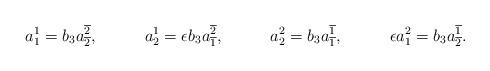
LaTeX: \begin{align*} &a^1_1=b_3a^{\overline{2}}_{\overline{2}}, &a^1_2=\epsilon b_3a^{\overline{2}}_{\overline{1}}, &&a^2_2=b_3a^{\overline{1}}_{\overline{1}}, &&\epsilon a^2_1=b_3a^{\overline{1}}_{\overline{2}}.\end{align*}